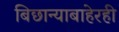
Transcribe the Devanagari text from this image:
बिछान्याबाहेरही